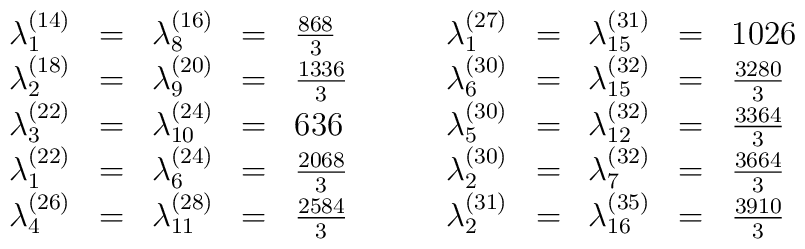
\begin{array}{rclcl@{\qquad}rclcl}\lambda_1^{(14)} &=& \lambda_8^{(16)} &=& \frac{868}{3} & \quad\lambda_1^{(27)} &=& \lambda_{15}^{(31)} &=& 1026 \\\lambda_2^{(18)} &=& \lambda_9^{(20)} &=& \frac{1336}{3} &\lambda_6^{(30)} &=& \lambda_{15}^{(32)} &=& \frac{3280}{3} \\\lambda_3^{(22)} &=& \lambda_{10}^{(24)} &=& 636 &\lambda_5^{(30)} &=& \lambda_{12}^{(32)} &=& \frac{3364}{3} \\\lambda_1^{(22)} &=& \lambda_6^{(24)} &=& \frac{2068}{3} & \lambda_2^{(30)} &=& \lambda_7^{(32)} &=& \frac{3664}{3} \\\lambda_4^{(26)} &=& \lambda_{11}^{(28)} &=& \frac{2584}{3} &\lambda_2^{(31)} &=& \lambda_{16}^{(35)} &=& \frac{3910}{3}\end{array}